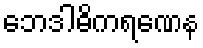
ဘေဒါဓိကရဏေန